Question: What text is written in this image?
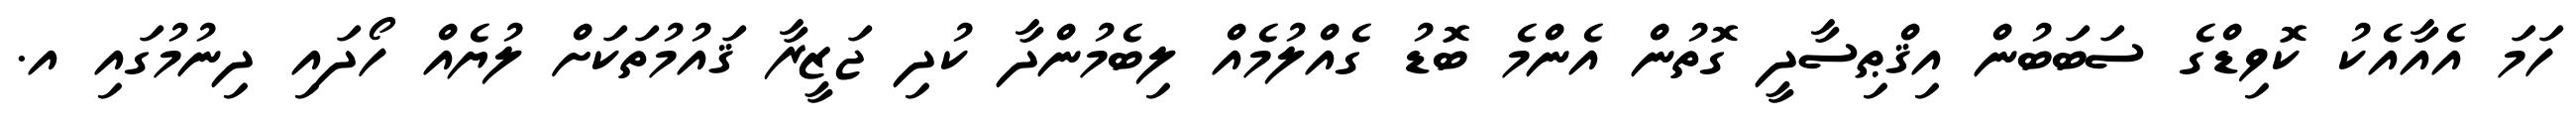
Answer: ހަމަ އެއާއެކު ކޮވިޑްގެ ސަބަބުން އިޤްޠިސާދީ ގޮތުން އެންމެ ބޮޑު ގެއްލުމެއް ލިބެމުންދާ ކުދި ޖަޒީރާ ޤައުމުތަކަށް ލުޔެއް ހޯދައި ދިނުމުގައި އ.